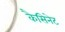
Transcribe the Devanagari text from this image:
कैसिनेट